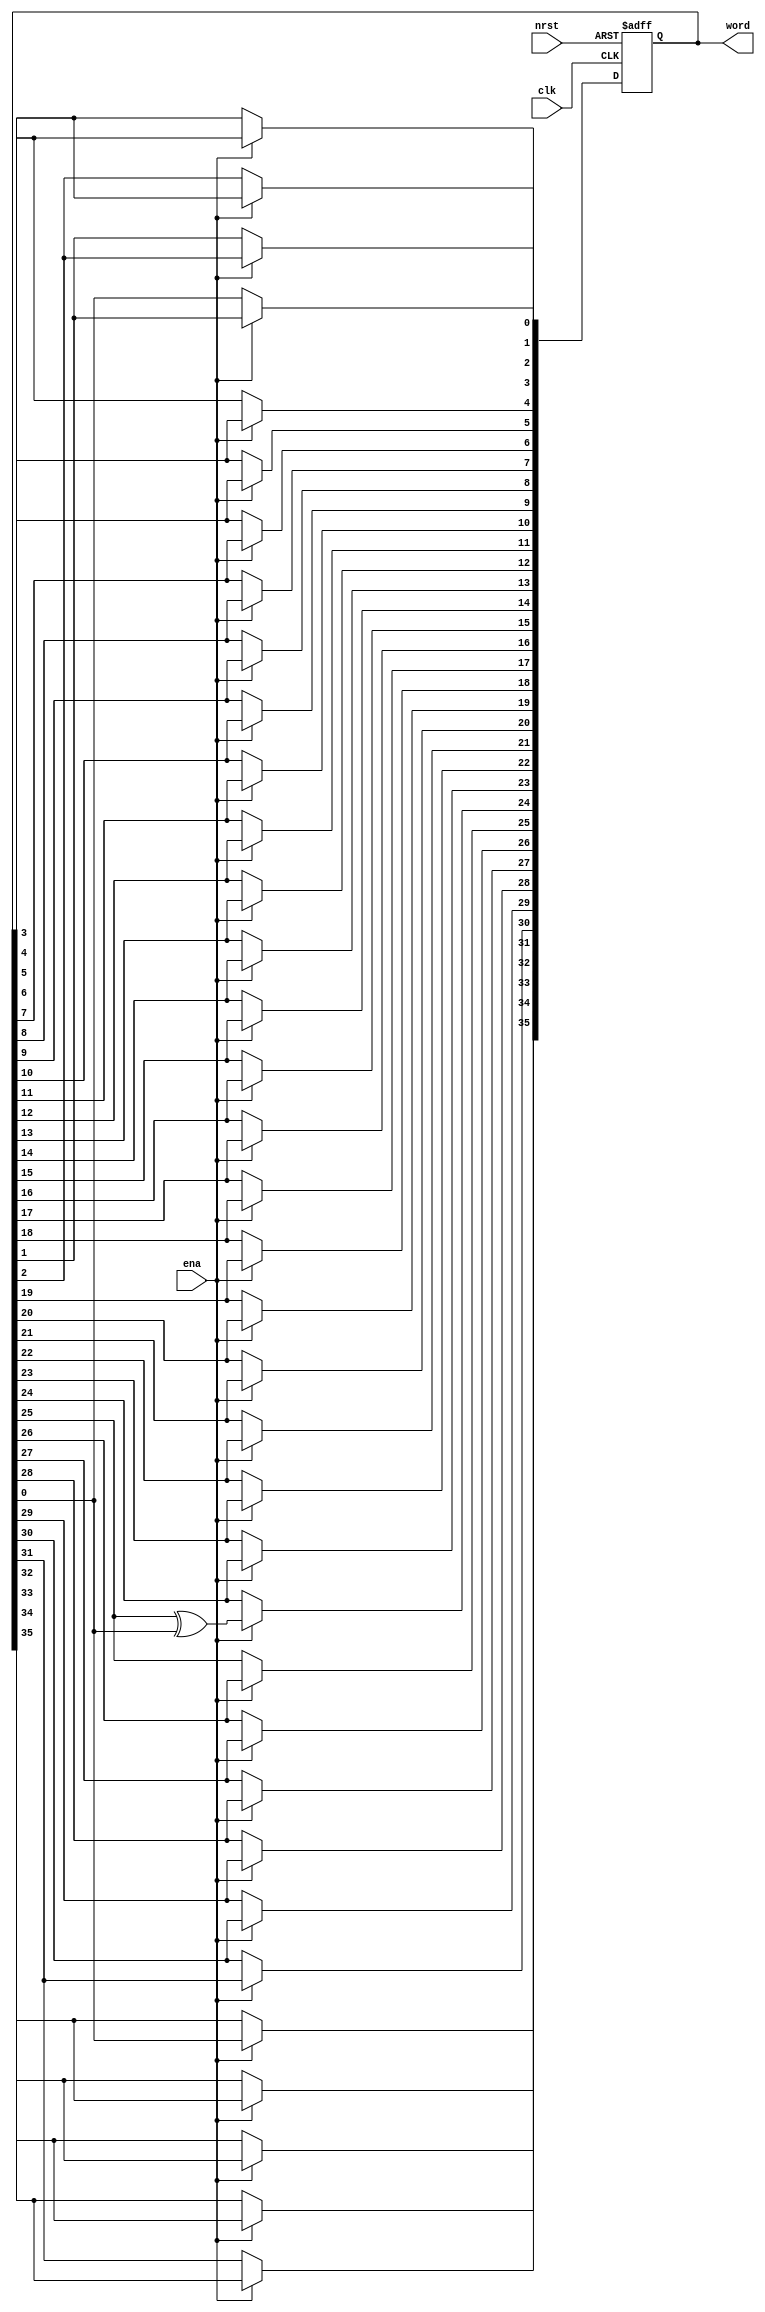
// (C) 2001-2016 Intel Corporation. All rights reserved.
// Your use of Intel Corporation's design tools, logic functions and other 
// software and tools, and its AMPP partner logic functions, and any output 
// files any of the foregoing (including device programming or simulation 
// files), and any associated documentation or information are expressly subject 
// to the terms and conditions of the Intel Program License Subscription 
// Agreement, Intel MegaCore Function License Agreement, or other applicable 
// license agreement, including, without limitation, that your use is for the 
// sole purpose of programming logic devices manufactured by Intel and sold by 
// Intel or its authorized distributors.  Please refer to the applicable 
// agreement for further details.


`timescale 1 ps / 1 ps

module rw_manager_lfsr36(
	clk, 
	nrst, 
	ena, 
	word
);

	input clk;
	input nrst;
	input ena;
	output reg [35:0] word;

	always @(posedge clk or negedge nrst) begin
		if(~nrst) begin
			word <= 36'hF0F0AA55;
		end
		else if(ena) begin
			word[35] <= word[0];
			word[34] <= word[35];
			word[33] <= word[34];
			word[32] <= word[33];
			word[31] <= word[32];
			word[30] <= word[31];
			word[29] <= word[30];
			word[28] <= word[29];
			word[27] <= word[28];
			word[26] <= word[27];
			word[25] <= word[26];
			word[24] <= word[25] ^ word[0];
			word[23] <= word[24];
			word[22] <= word[23];
			word[21] <= word[22];
			word[20] <= word[21];
			word[19] <= word[20];
			word[18] <= word[19];
			word[17] <= word[18];
			word[16] <= word[17];
			word[15] <= word[16];
			word[14] <= word[15];
			word[13] <= word[14];
			word[12] <= word[13];
			word[11] <= word[12];
			word[10] <= word[11];
			word[9] <= word[10];
			word[8] <= word[9];
			word[7] <= word[8];
			word[6] <= word[7];
			word[5] <= word[6];
			word[4] <= word[5];
			word[3] <= word[4];
			word[2] <= word[3];
			word[1] <= word[2];
			word[0] <= word[1];
		end
	end

endmodule